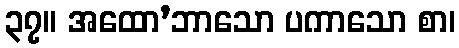
၃၇။ အထော’ဘာသော ပကာသော စာ၊